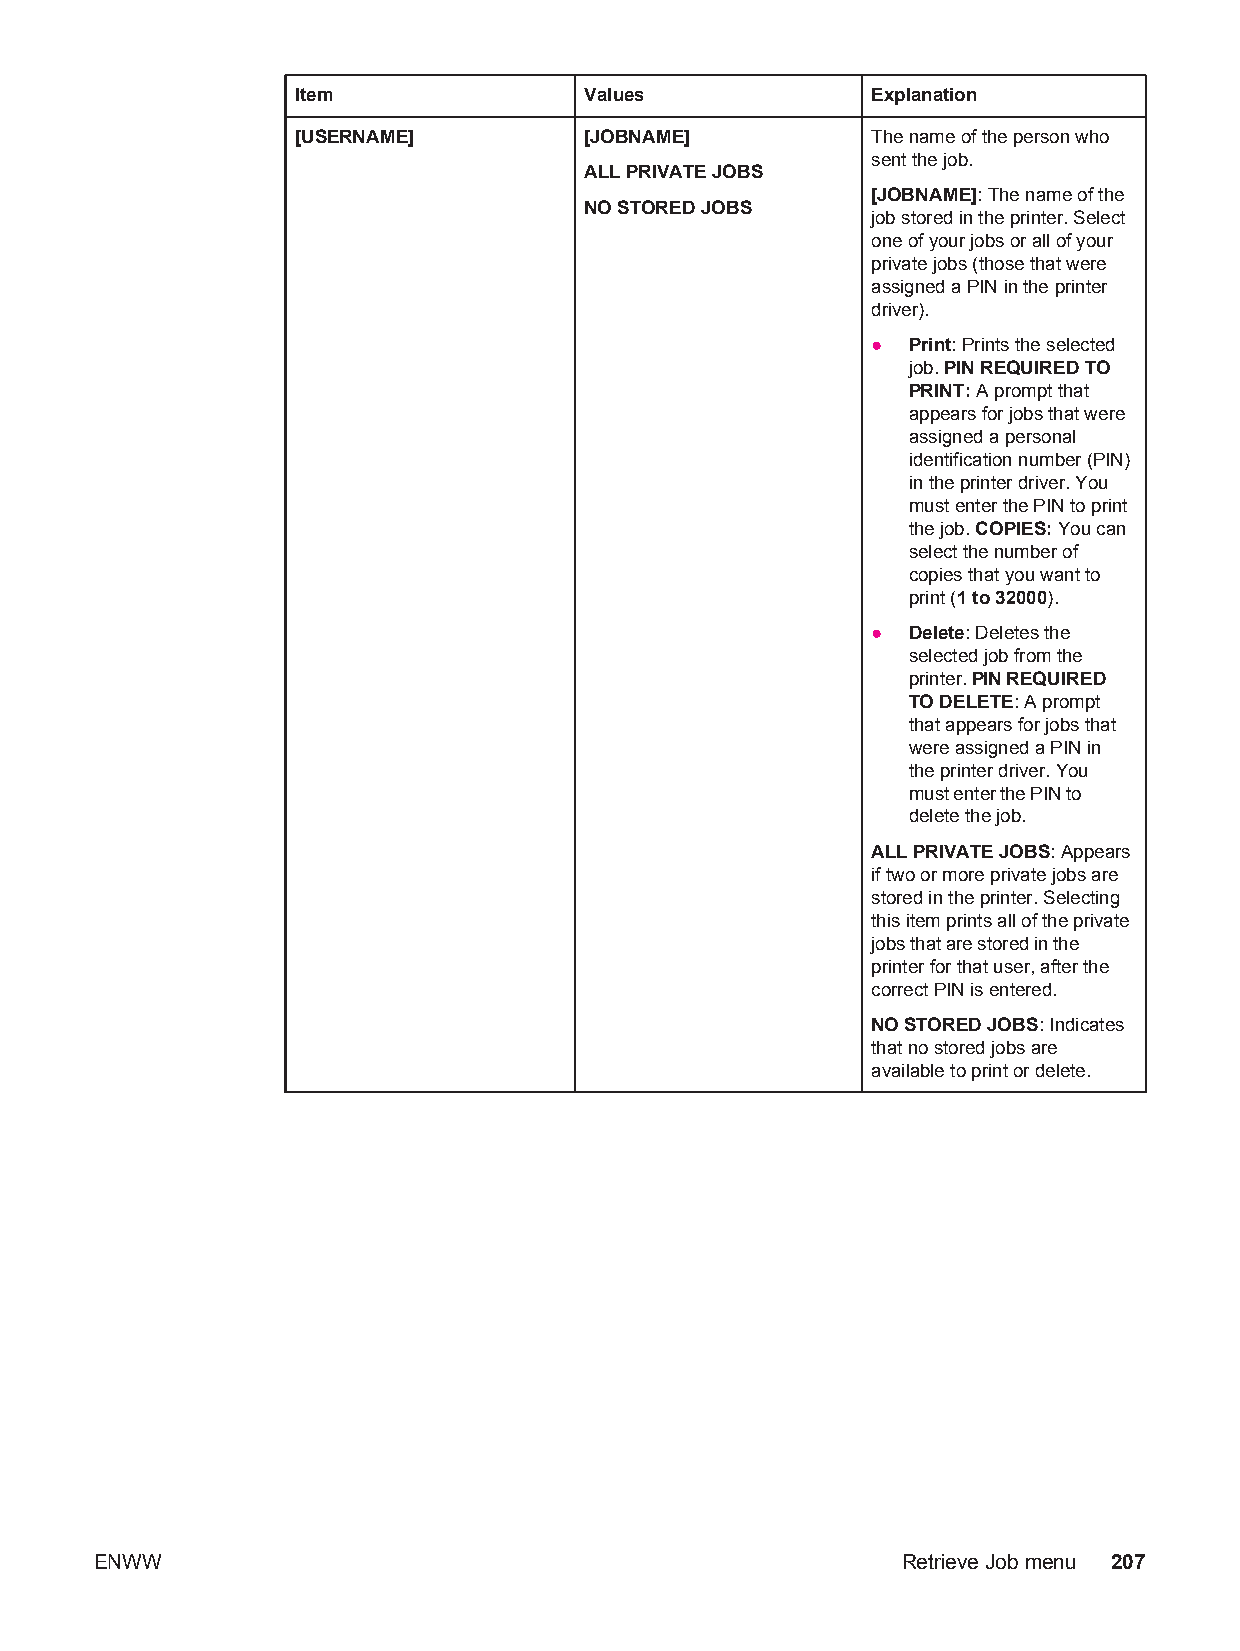
Item               Values             Explanation
 [USERNAME]         [JOBNAME]          The name of the person who
 sent the job.
 ALL PRIVATE JOBS
 [JOBNAME]: The name of the
 NO STORED JOBS
 job stored in the printer. Select
 one of your jobs or all of your
 private jobs (those that were
 assigned a PIN in the printer
 driver).
 ● Print: Prints the selected
 job. PIN REQUIRED TO
 PRINT: A prompt that
 appears for jobs that were
 assigned a personal
 identification number (PIN)
 in the printer driver. You
 must enter the PIN to print
 the job. COPIES: You can
 select the number of
 copies that you want to
 print (1 to 32000).
 ● Delete: Deletes the
 selected job from the
 printer. PIN REQUIRED
 TO DELETE: A prompt
 that appears for jobs that
 were assigned a PIN in
 the printer driver. You
 must enter the PIN to
 delete the job.
 ALL PRIVATE JOBS: Appears
 if two or more private jobs are
 stored in the printer. Selecting
 this item prints all of the private
 jobs that are stored in the
 printer for that user, after the
 correct PIN is entered.
 NO STORED JOBS: Indicates
 that no stored jobs are
 available to print or delete.
 ENWW                                                  Retrieve Job menu 207